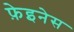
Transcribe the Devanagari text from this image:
फ़ेइनेस